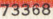
73368